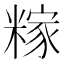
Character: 糘